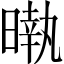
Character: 𣊎